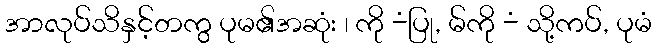
အာလုပ်သိနှင့်တကွ ပုမ၏အဆုံး ၊ ကို -ံပြု, မ်ကို -ံ သို့ကပ်, ပုမံ